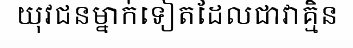
យុវជនម្នាក់ទៀតដែលជាវាគ្មិន